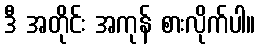
ဒီ အတိုင်း အကုန် စားလိုက်ပါ။